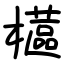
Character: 櫙